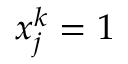
x _ { j } ^ { k } = 1